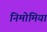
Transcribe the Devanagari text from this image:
निमोमिया